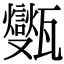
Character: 㽊